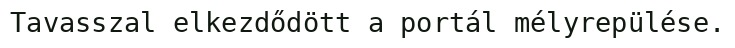
Tavasszal elkezdődött a portál mélyrepülése.